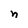
Character: n